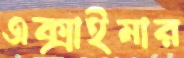
এক্সাইমার